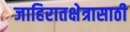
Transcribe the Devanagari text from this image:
जाहिरातक्षेत्रासाठी